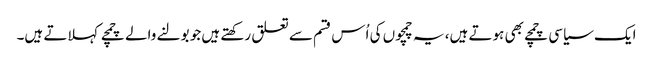
ایک سیاسی چمچے بھی ہوتے ہیں، یہ چمچوں کی اُس قسم سے تعلق رکھتے ہیں جو بولنے والے چمچے کہلاتے ہیں۔